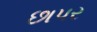
છાપર